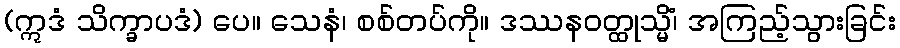
(ဣဒံ သိက္ခာပဒံ) ပေ။ သေနံ၊ စစ်တပ်ကို။ ဒဿနဝတ္ထုသ္မိံ၊ အကြည့်သွားခြင်း